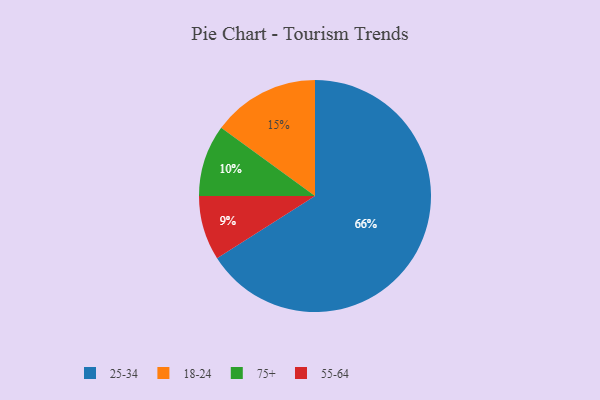
{"axis": {"x": "Category", "y": "Percentage"}, "legend": ["18-24", "25-34", "55-64", "75+"], "data": [{"x": "55-64", "y": 9, "type": "55-64"}, {"x": "75+", "y": 10, "type": "75+"}, {"x": "18-24", "y": 15, "type": "18-24"}, {"x": "25-34", "y": 66, "type": "25-34"}]}